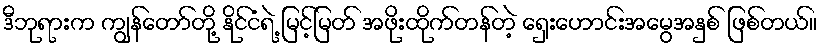
ဒီဘုရားက ကျွန်တော်တို့ နိုင်ငံရဲ့ မြင့်မြတ် အဖိုးထိုက်တန်တဲ့ ရှေးဟောင်းအမွေအနှစ် ဖြစ်တယ်။